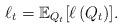
LaTeX: \begin{align*} \ell_{t} = \mathbb{E}_{Q_{t}} [\ell\left(Q_t\right)].\end{align*}